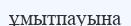
ұмытпауына